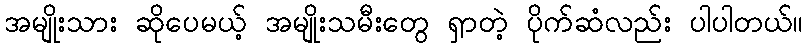
အမျိုးသား ဆိုပေမယ့် အမျိုးသမီးတွေ ရှာတဲ့ ပိုက်ဆံလည်း ပါပါတယ်။